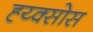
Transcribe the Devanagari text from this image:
ह्य्क्सोस